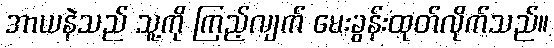
အာယနဲသည် သူ့ကို ကြည့်လျက် မေးခွန်းထုတ်လိုက်သည်။